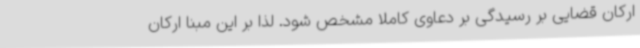
ارکان قضایی بر رسیدگی بر دعاوی کاملا مشخص شود. لذا بر این مبنا ارکان